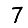
Digit: 7